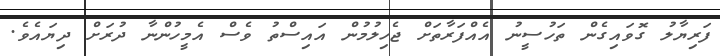
ފަރިޔާލު ގޮވައިގެން ތަހުސީނު އެއްފަރާތަށް ޖެހިލުމުން އައިސްތު ވެސް އެމީހުންނާ ދުރަށް ދިޔައެވެ.